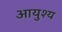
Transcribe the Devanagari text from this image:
आयुश्य